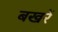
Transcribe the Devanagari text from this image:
बखरें